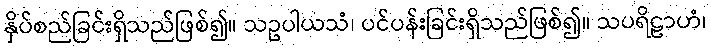
နှိပ်စည်ခြင်းရှိသည်ဖြစ်၍။ သဥပါယသံ၊ ပင်ပန်းခြင်းရှိသည်ဖြစ်၍။ သပရိဠာဟံ၊